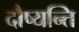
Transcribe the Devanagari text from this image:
दौष्यन्ति